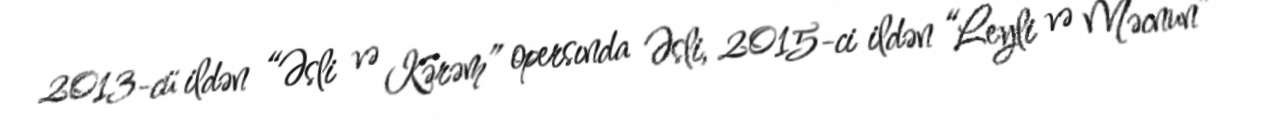
2013-cü ildən “Əsli və Kərəm” opersında Əsli, 2015-ci ildən “Leyli və Məcnun”